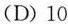
(D) 10